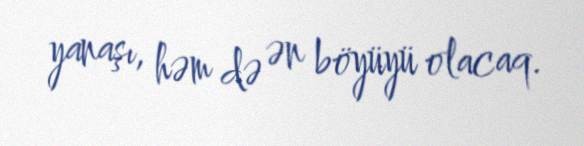
yanaşı, həm də ən böyüyü olacaq.